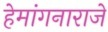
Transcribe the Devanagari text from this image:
हेमांगनाराजे